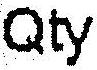
QTY